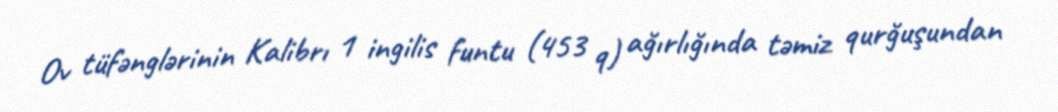
Ov tüfənglərinin Kalibrı 1 ingilis funtu (453 q) ağırlığında təmiz qurğuşundan